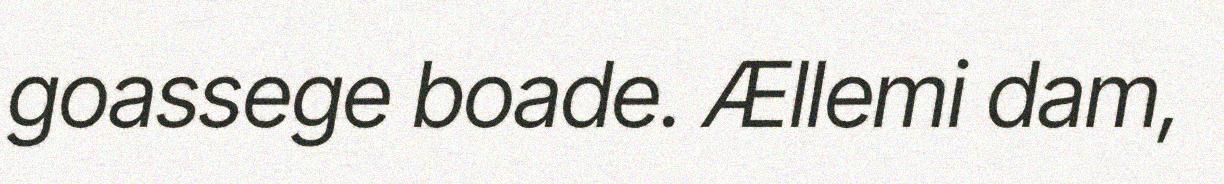
goassege boade. Ællemi dam,